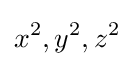
x^{2},y^{2},z^{2}